Trukikaitis_Postimees, lk 485
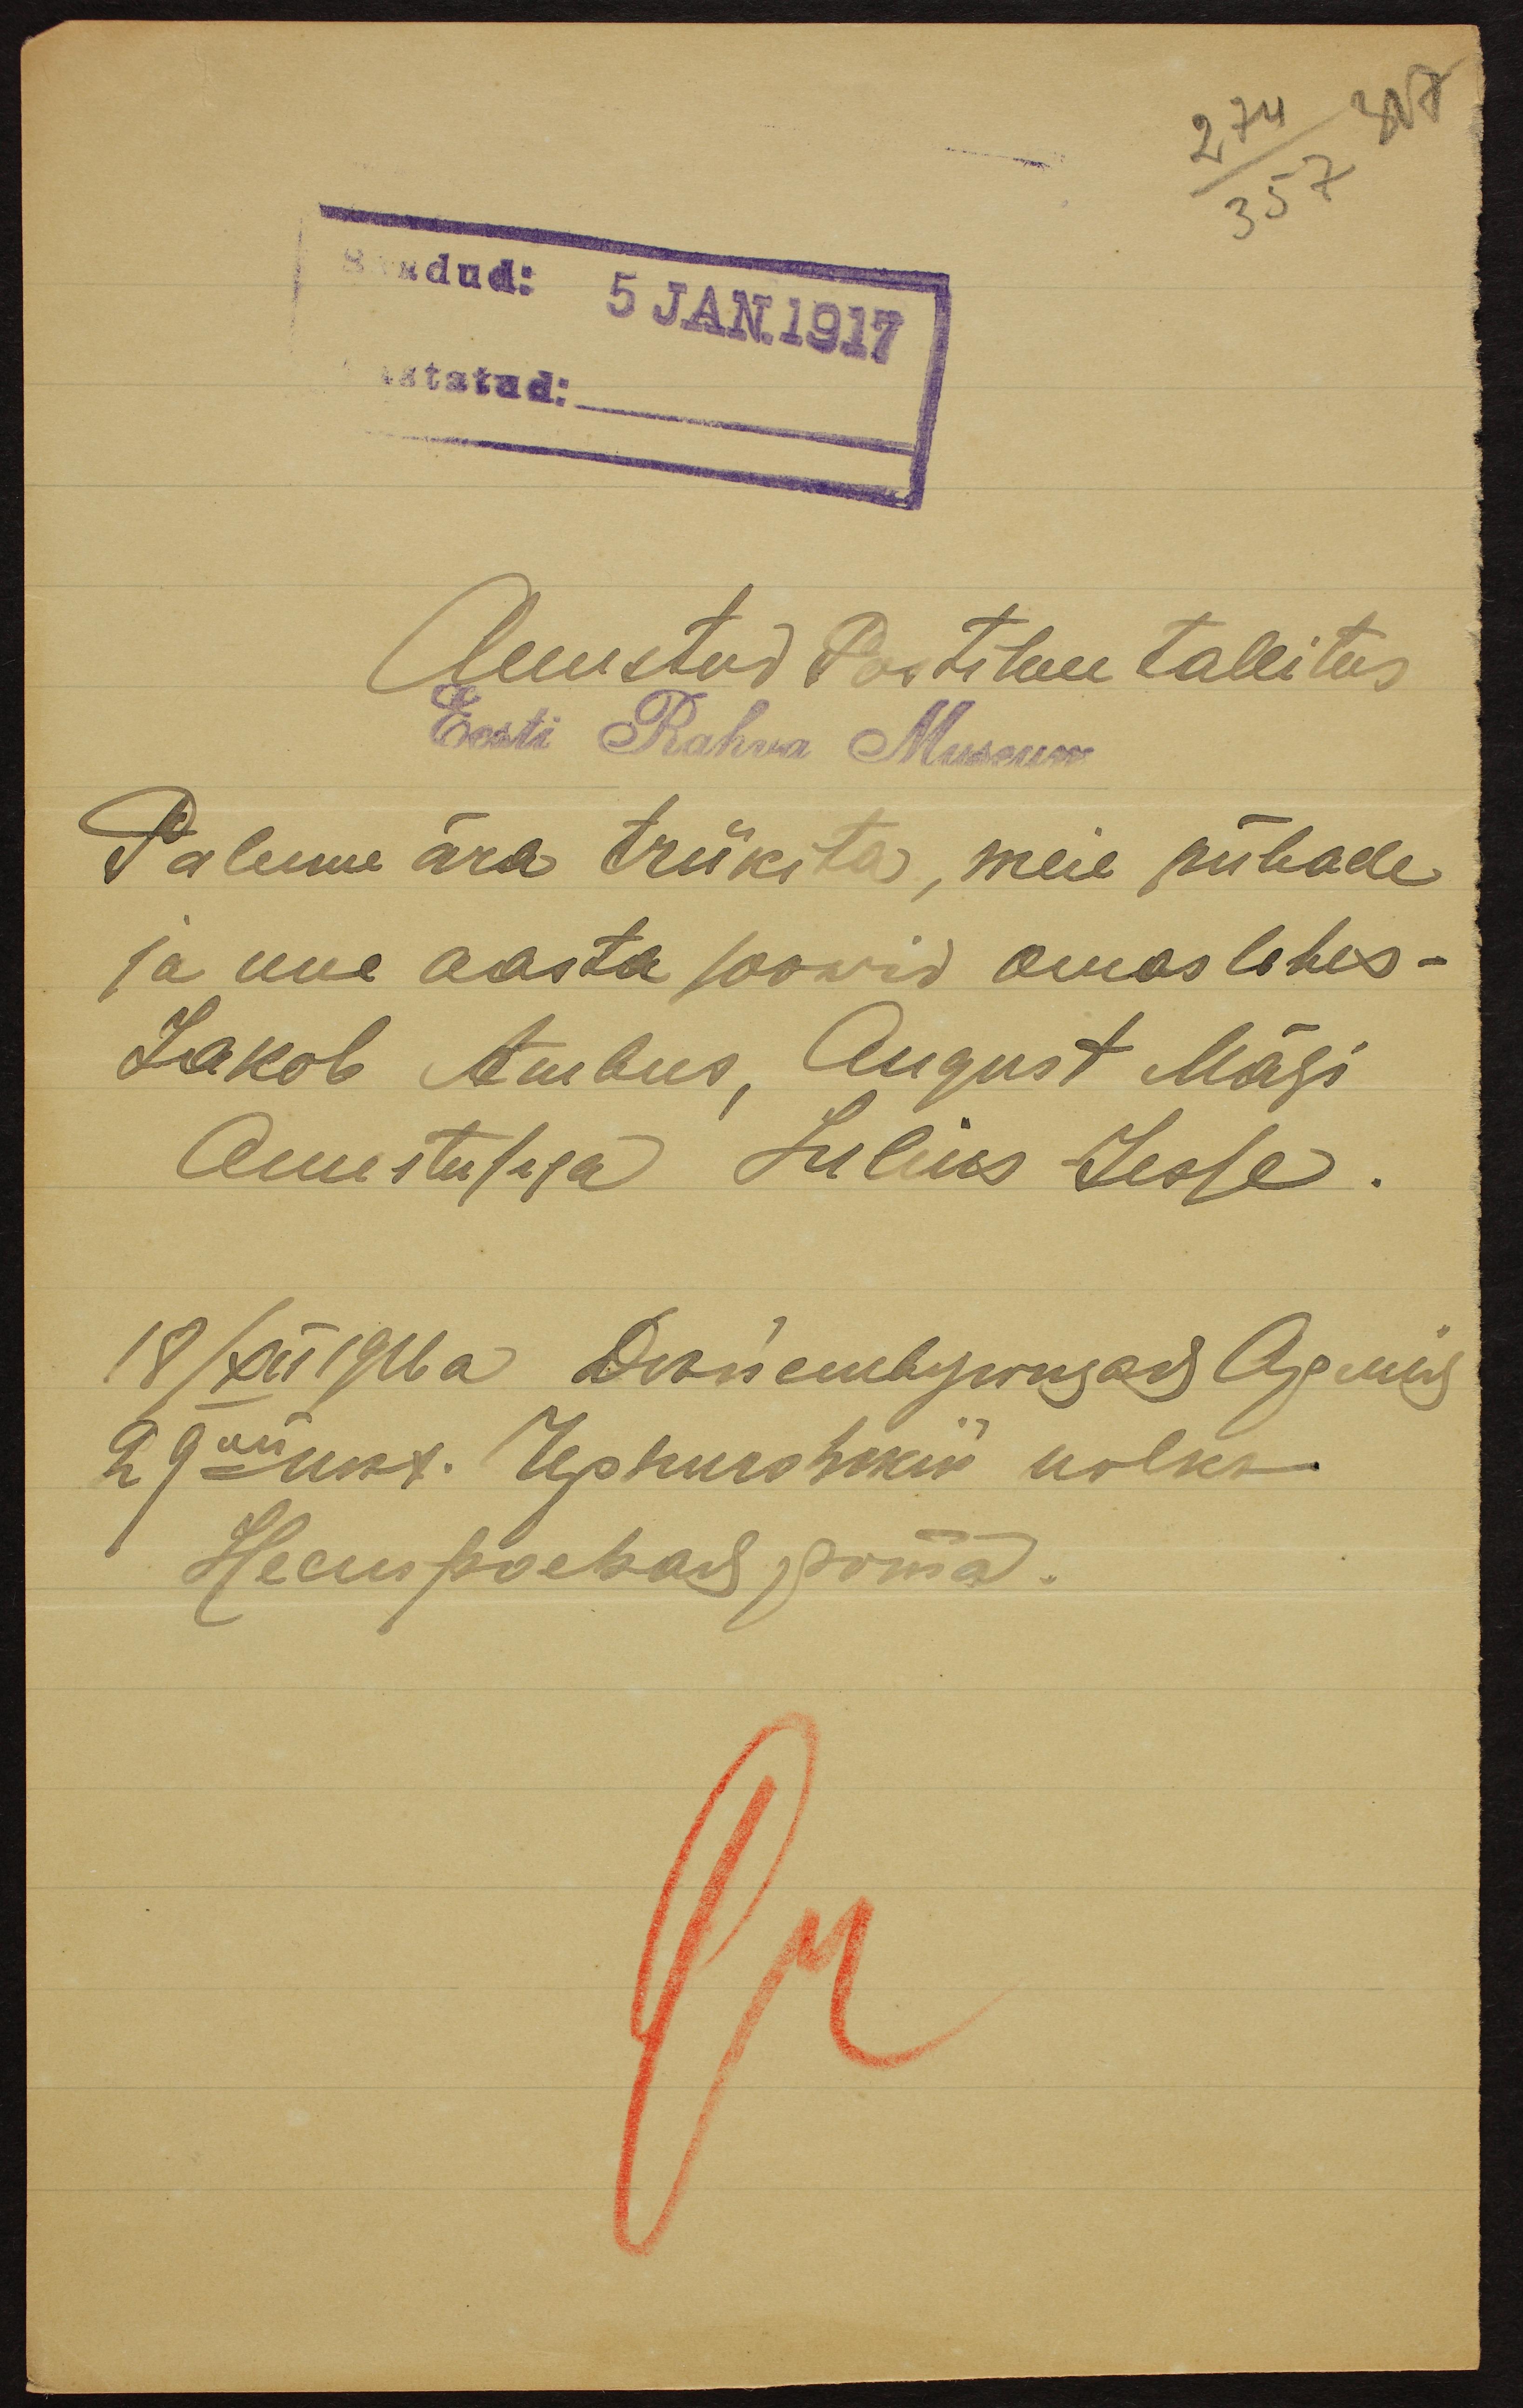
317
274/357
Saadud: 5 JAN.1917
Auustud Postiluu tallitus
Palume ära trükita, meie pühade
ja uue aasta soowid omas lehes-
Jakob Ambus, August Mägi,
Auustusega Julius Jesse.